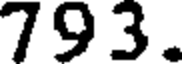
793.